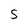
Character: S